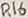
Text: R16